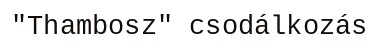
"Thambosz" csodálkozás